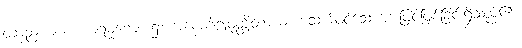
တနည်းကား။ အာရမ္မဏေ၊ ၌။ အနောဂါဠုဝုတ္တိတာယ၊ မသက်ဝင်သောအားဖြင့်ဖြစ်ခြင်းရှိသည်၏